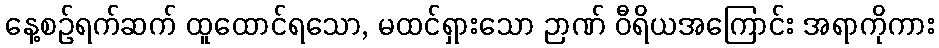
နေ့စဉ်ရက်ဆက် ထူထောင်ရသော, မထင်ရှားသော ဉာဏ် ဝီရိယအကြောင်း အရာကိုကား